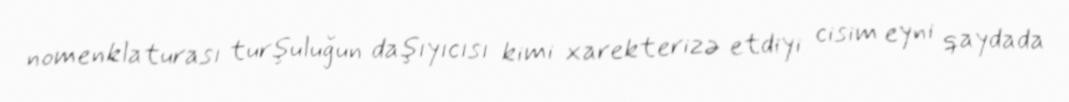
nomenklaturası turşuluğun daşıyıcısı kimi xarekterizə etdiyi cisim eyni qaydada